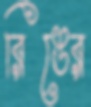
রিঙের